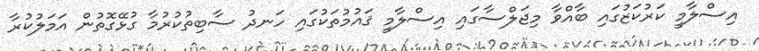
އިސްލާމީ ކަރުކަޒުގައި ބާއްވާ މިޖަލްސާގައި އިސްލާމީ ޤައުމުތަކުގައި ހަނދު ސާބިތުކުރުމާ ގުޅޭގޮތުން އަމަލުކުރާ